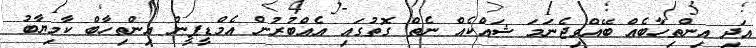
އަދި އިންތިހާބެއް ބޭއްވިޖެނަމަ ޝައްކެއް ނެތް ގޮތުގައި އެއްބުރުން އެމްޑީޕީން އިންތިހާބް ކާމިޔާބު